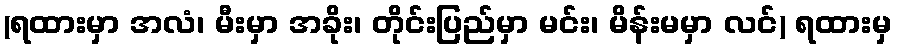
(ရထားမှာ အလံ၊ မီးမှာ အခိုး၊ တိုင်းပြည်မှာ မင်း၊ မိန်းမမှာ လင်) ရထားမှ